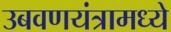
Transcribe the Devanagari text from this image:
उबवणयंत्रामध्ये